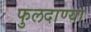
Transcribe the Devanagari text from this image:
फुलदाण्या